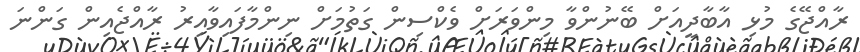
ރާއްޖޭގެ މުޅި އާބާދީއަށް ބޭނުންވާ މިންވަރަށް ވެކްސިން ގަތުމަށް ނިންމާފައިވާއިރު ރާއްޖެއިން ގަންނަ